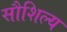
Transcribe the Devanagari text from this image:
सौशिल्य